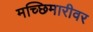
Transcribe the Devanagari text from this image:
मच्छिमारीवर